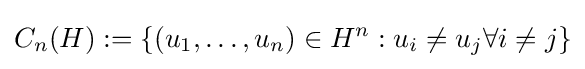
C_{n}(H):=\{(u_{1},\dots ,u_{n})\in H^{n}:u_{i}\neq u_{j}\forall i\neq j\}